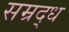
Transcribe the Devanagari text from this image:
सम्रद्ध